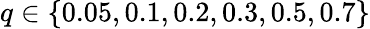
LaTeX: q\in\{ 0.05,0.1,0.2,0.3,0.5,0.7\}